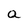
Character: a